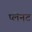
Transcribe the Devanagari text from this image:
प्लेनट